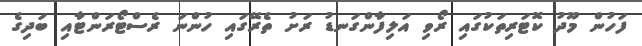
ފަހުން މޫދު ކޮޓަރިތަކުގައި ރޯވި އަލިފާންގަނޑު ރަށު ތެރޭގައި ހުންނަ ރެސްޓޯރަންޓާއި ބަދިގެ